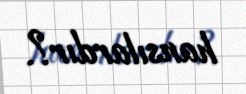
hansılardır?.